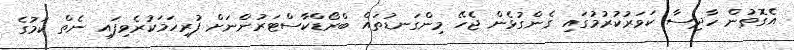
އެގޮތުން ހާދިސާ ކަވަރުކުރުމުގައި ގެންގުޅެން ޖެހޭ މިންގަނޑުތައް ބްރޯޑްކާސްޓަރުންނަށް ފުރިހަމަކުރެވިފައި ނެތް ކަމުގެ